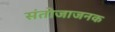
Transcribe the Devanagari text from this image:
संतोजाजनक